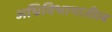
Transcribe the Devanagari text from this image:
अधिविभागातील